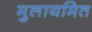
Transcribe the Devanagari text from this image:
मुलायमित